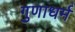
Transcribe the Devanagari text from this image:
गुणाधर्म